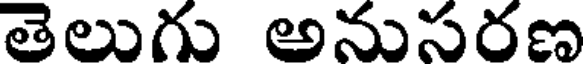
తెలుగు అనుసరణ